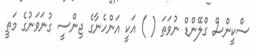
ސްކީންސް ގްލޭންޑް ނުވަތަ ( ) އަކީ އަންހެނާގެ ޖިންސީ ގުނަވަނުގެ މަތީ